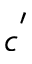
c ^ { ' }